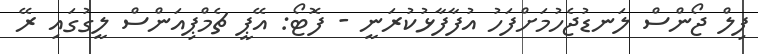
ފިލް ޖޯންސް ލަނޑުޖެހުމަށްފަހު އުފާފާޅުކުރަނީ - ފޮޓޯ: އޭޕީ ޗެމްޕިއަންސް ލީގުގައި ރޭ